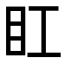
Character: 𥃽